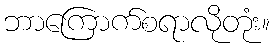
ဘာကြောက်စရာလိုတုံး။